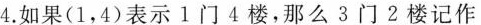
4.如果(1，4)表示1门4楼，那么3门2楼记作